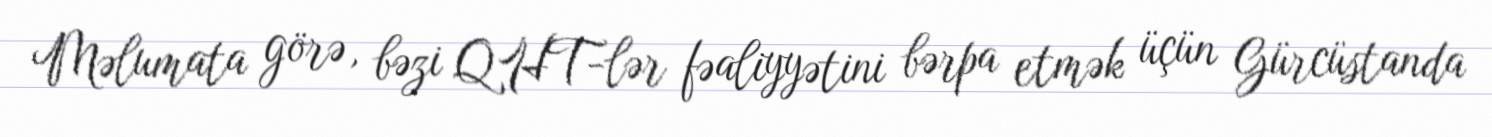
Məlumata görə, bəzi QHT-lər fəaliyyətini bərpa etmək üçün Gürcüstanda